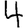
Digit: 4